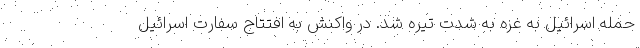
حمله اسرائیل به غزه به شدت تیره شد. در واکنش به افتتاح سفارت اسرائیل